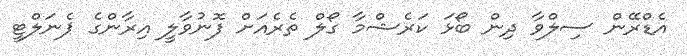
އެޑްރޭން ސިލްވާ ދިން ބޯޅަ ކަރެޝްމާ ގޯލް ތެރެއަށް ފޮނުވާލީ އިރާންގެ ޕެނަލްޓީ